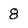
Character: 8